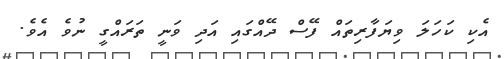
އެކި ކަހަލަ ވިޔަފާރިތައް ފޭސް ދޭއްގައި އަދި ވަނީ ތަރައްގީ ނުވެ އެވެ.